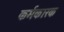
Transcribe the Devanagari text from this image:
कर्मकारक